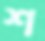
শ